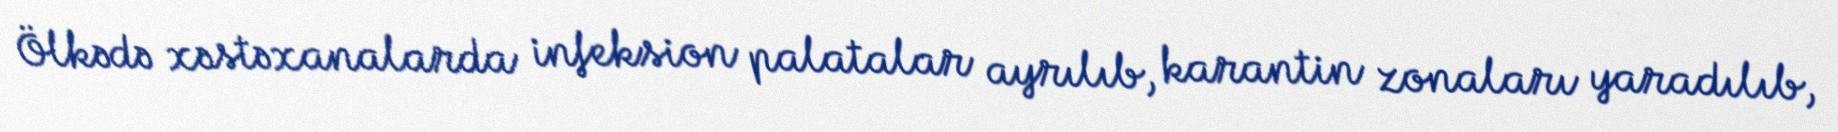
Ölkədə xəstəxanalarda infeksion palatalar ayrılıb, karantin zonaları yaradılıb,